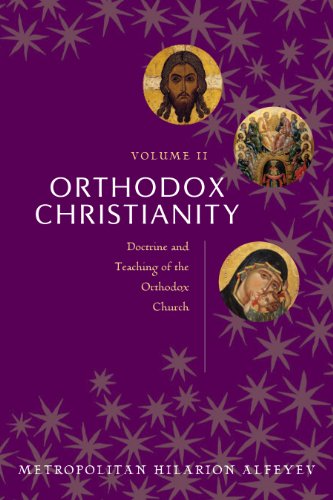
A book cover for Orthodox Christianity Volume II : Doctrine and Teaching of the Orthodox Church; Metropolitan Hilarion Alfeyev; Christian Books & Bibles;